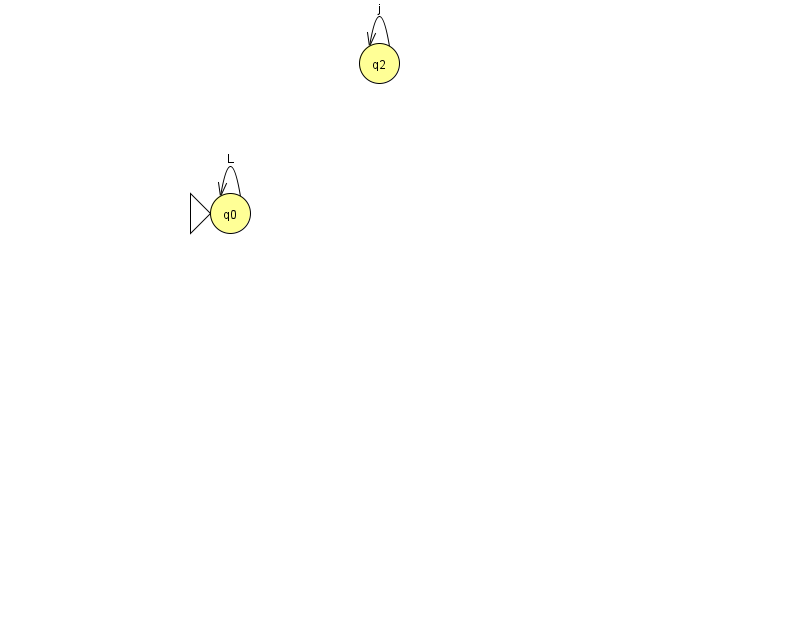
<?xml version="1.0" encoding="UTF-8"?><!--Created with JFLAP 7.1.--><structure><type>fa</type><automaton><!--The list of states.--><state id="0" name="q0"><x>230.0</x><y>200.0</y><initial/></state><state id="2" name="q2"><x>379.0</x><y>50.0</y></state><!--The list of transitions.--><transition><from>2</from><to>2</to><read>j</read></transition><transition><from>0</from><to>0</to><read>L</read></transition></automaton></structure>